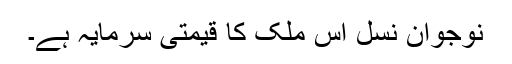
نوجوان نسل اس ملک کا قیمتی سرمایہ ہے۔